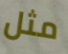
مثل